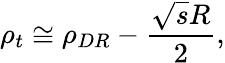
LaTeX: \rho_{t}\cong\rho_{DR}-\frac{\sqrt{s}R}{2},